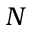
N